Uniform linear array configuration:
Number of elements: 16
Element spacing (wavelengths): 0.25
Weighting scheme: cosine
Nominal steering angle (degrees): -60
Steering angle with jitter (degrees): -59.506
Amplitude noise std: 0.05
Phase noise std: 0.05

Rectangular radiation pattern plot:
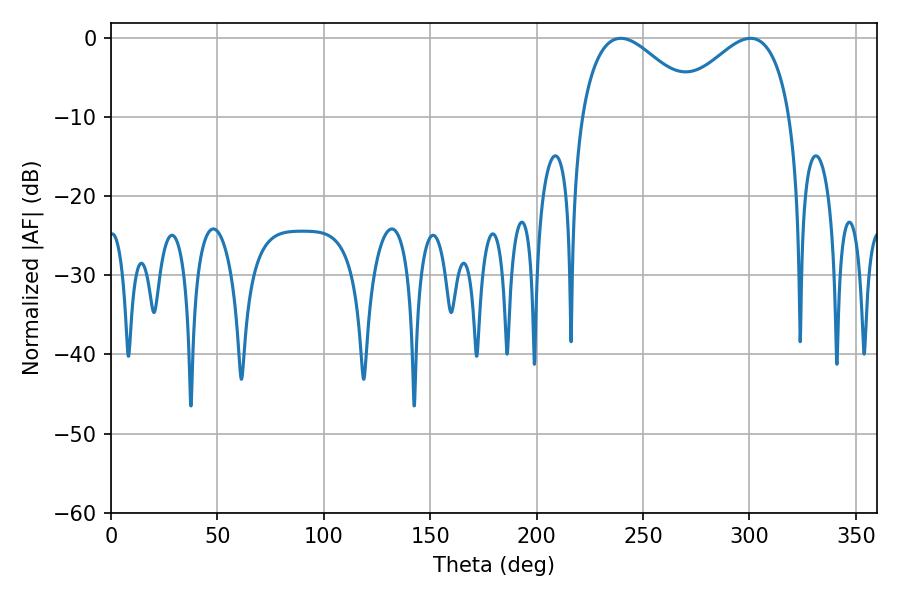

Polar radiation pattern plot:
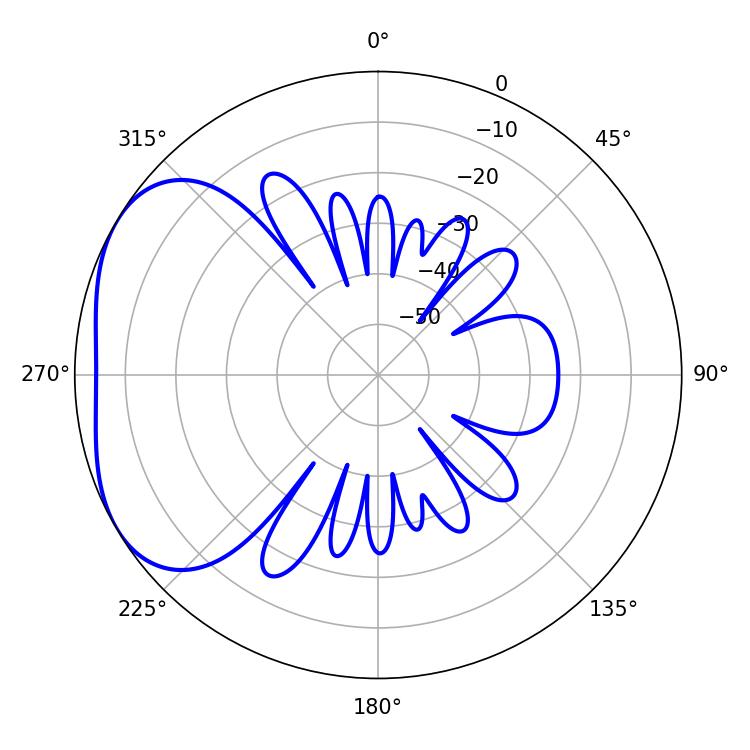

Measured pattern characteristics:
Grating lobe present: FALSE
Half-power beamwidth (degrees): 30.06
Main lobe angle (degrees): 239.58